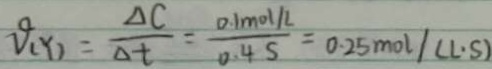
V _ { ( y ) } = \frac { \Delta C } { \Delta t } = \frac { 0 . 1 m o l / L } { 0 . 4 s } = 0 . 2 5 m o l / ( L \cdot S )